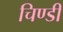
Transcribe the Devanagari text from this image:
चिण्डी